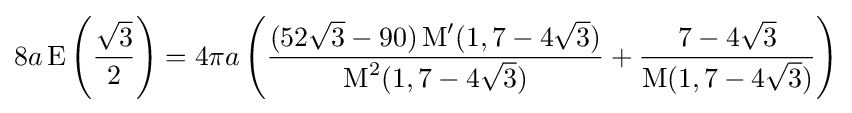
8a\operatorname {E} \left({\frac {\sqrt {3}}{2}}\right)=4\pi a\left({\frac {(52{\sqrt {3}}-90)\operatorname {M} '(1,7-4{\sqrt {3}})}{\operatorname {M} ^{2}(1,7-4{\sqrt {3}})}}+{\frac {7-4{\sqrt {3}}}{\operatorname {M} (1,7-4{\sqrt {3}})}}\right)